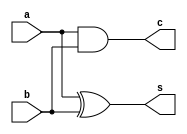
`timescale 1ns / 1ps
//////////////////////////////////////////////////////////////////////////////////
// Company: 
// 
// Design Name: Half Adder Dataflow
// Module Name: Half_Adder_Dataflow
// Project Name: 
// Target Devices: 
// Tool Versions: Vivado 2021.2
// Description: 
// 
// Dependencies: 
// 
// Revision:
// Revision 0.01 - File Created
// Additional Comments:
// 
//////////////////////////////////////////////////////////////////////////////////


module Half_Adder_Dataflow(
    c,      // carry
    s,      // sum
    a,      // a
    b       // b
    );
    
    output c;
    output s;
    input a;
    input b;
    
    assign s = a ^ b;
    assign c = a & b;
endmodule